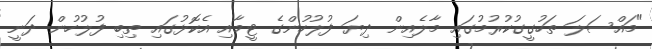
"މައްސަލަ ތަހުގީގުކުރުމުގައި މާލެއިން ދިޔަ ފުލުހުންގެ ޓީމާއި އެކޮޅުގައި ތިބި ފުލުހުން ދަނީ